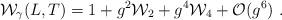
LaTeX: \begin{align*}{\cal W}_\gamma (L,T)= 1+g^2 {\cal W}_2 + g^4 {\cal W}_4 + {\cal O}(g^6)\ .\end{align*}